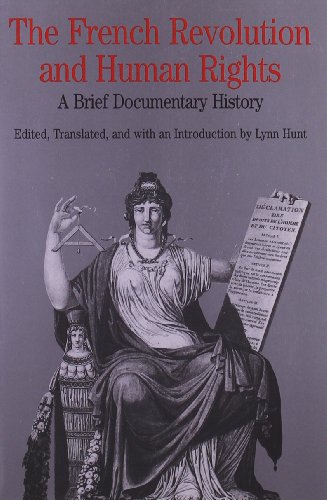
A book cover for The French Revolution and Human Rights: A Brief Documentary History (Bedford Cultural Editions Series); Law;